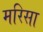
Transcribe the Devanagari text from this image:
मरिसा